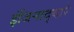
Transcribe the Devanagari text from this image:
इंजिनाद्वारे